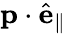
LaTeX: \mathbf{p}\cdot\hat{\mathbf{e}}_{\parallel}